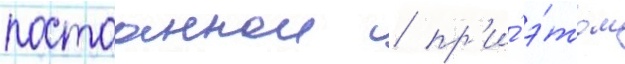
постоаннои / пр'и́ э́том